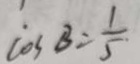
\dot { \cos } B = \frac { 1 } { 5 }